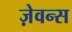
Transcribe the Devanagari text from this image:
ज़ेवन्स